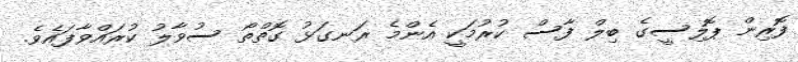
ފޮރިން ޕޮލިސީގެ ބިލް ފާސް ކުރުމަކީ އެންމެ ރަނގަޅު ގޮތްތޯ ސުވާލު ކުރައްވާފައެވެ.